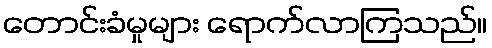
တောင်းခံမှုများ ရောက်လာကြသည်။